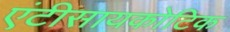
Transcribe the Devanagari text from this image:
एंटीसायकोटिक